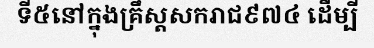
ទី៥នៅក្នុងគ្រឹស្តសករាជ៩៧៤ ដើម្បី